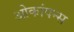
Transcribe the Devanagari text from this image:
ओकांपन्स